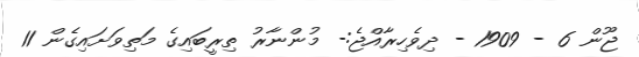
ޖޫން 6 - 1909 - ދިވެހިރާއްޖެ:- މުންނާރު ތިރީބައިގެ މަތިވަށައިގެން 11